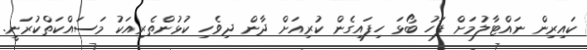
ކައިރިން ނައްޓާލުމަށް ފަހު ބޯޅަ ހިފައިގެން ކުރިއަށް ދާން ދިވެހި ކުޅުންތެރިއަކު މަސައްކަތްކުރަނީ.